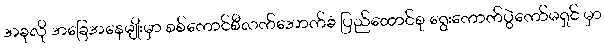
အခုလို အခြေအနေမျိုးမှာ စစ်ကောင်စီလက်အောက်ခံ ပြည်ထောင်စု ရွေးကောက်ပွဲကော်မရှင် မှာ